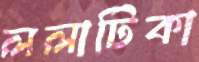
ললাটিকা